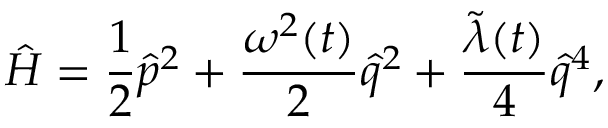
\hat { H } = \frac { 1 } { 2 } \hat { p } ^ { 2 } + \frac { { \omega } ^ { 2 } ( t ) } { 2 } \hat { q } ^ { 2 } + \frac { \tilde { \lambda } ( t ) } { 4 } \hat { q } ^ { 4 } ,